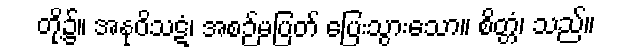
တို့၌။ အနုဝိသဋံ၊ အစဉ်မပြတ် ပြေးသွားသော။ စိတ္တံ၊ သည်။